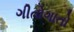
ગીતોગાતો